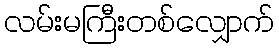
လမ်းမကြီးတစ်လျှောက်